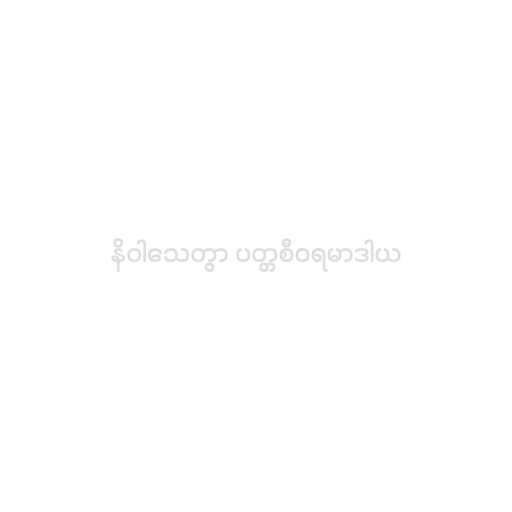
နိဝါသေတွာ ပတ္တစီဝရမာဒါယ